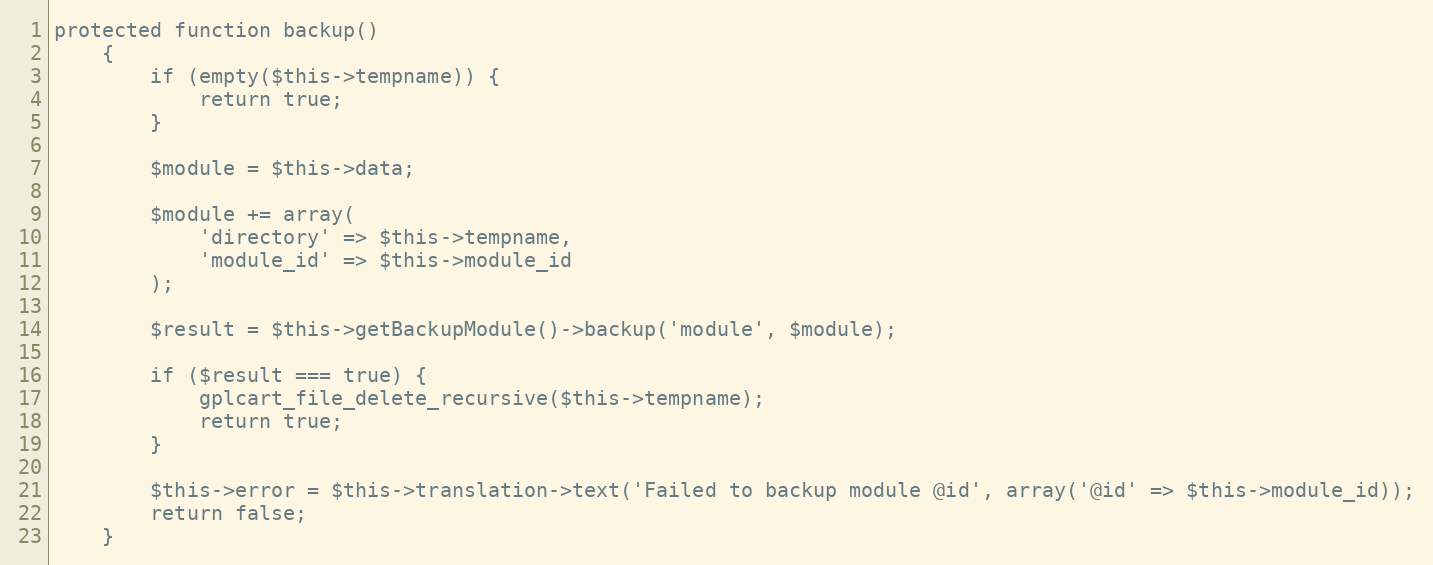
Language: PHP
protected function backup()
    {
        if (empty($this->tempname)) {
            return true;
        }

        $module = $this->data;

        $module += array(
            'directory' => $this->tempname,
            'module_id' => $this->module_id
        );

        $result = $this->getBackupModule()->backup('module', $module);

        if ($result === true) {
            gplcart_file_delete_recursive($this->tempname);
            return true;
        }

        $this->error = $this->translation->text('Failed to backup module @id', array('@id' => $this->module_id));
        return false;
    }